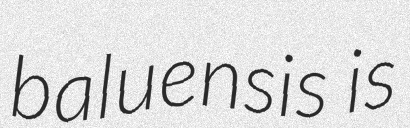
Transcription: baluensis is